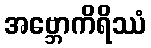
အဗ္ဘောကိရိဿံ